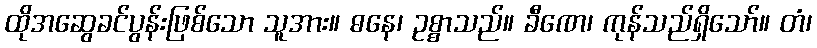
ထိုအဆွေခင်ပွန်းဖြစ်သော သူအား။ ဓနေ၊ ဥစ္စာသည်။ ခီဏေ၊ ကုန်သည်ရှိသော်။ တံ၊